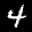
Label: 4